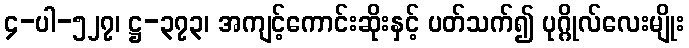
၄-ပါ-၅၂၇၊ ဋ္ဌ-၃၇၃၊ အကျင့်ကောင်းဆိုးနှင့် ပတ်သက်၍ ပုဂ္ဂိုလ်လေးမျိုး